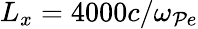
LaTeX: L_{x}=4000c/\omega_{\mathcal{P}e}